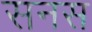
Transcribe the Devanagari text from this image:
सनस